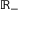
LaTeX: \mathbb { R } _ { - }